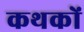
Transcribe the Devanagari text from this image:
कथकों